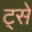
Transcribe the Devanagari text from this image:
ट्से